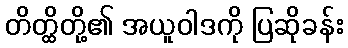
တိတ္ထိတို့၏ အယူဝါဒကို ပြဆိုခန်း